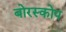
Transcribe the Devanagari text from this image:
बोरस्कोप